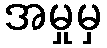
အမှုမှ